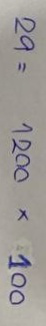
29 = 1200 x 100